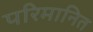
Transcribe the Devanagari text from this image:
परिमानित